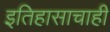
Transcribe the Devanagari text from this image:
इतिहासाचाही